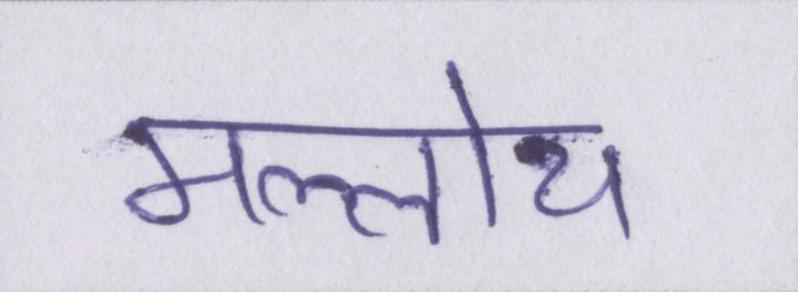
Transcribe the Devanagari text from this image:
मल्लोय